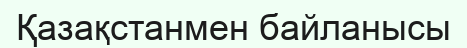
Қазақстанмен байланысы